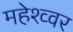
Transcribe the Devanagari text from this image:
महेश्व्वर